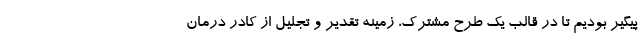
پیگیر بودیم تا در قالب یک طرح مشترک، زمینه تقدیر و تجلیل از کادر درمان